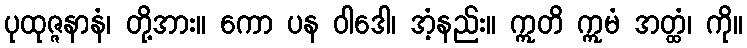
ပုထုဇ္ဇနာနံ၊ တို့အား။ ကော ပန ဝါဒေါ၊ အံ့နည်း။ ဣတိ ဣမံ အတ္ထံ၊ ကို။